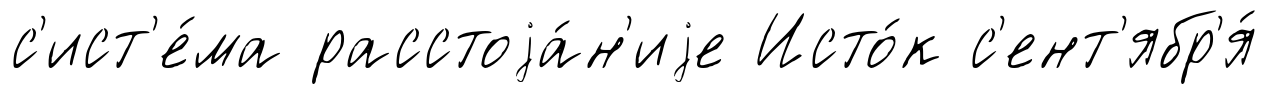
с'ист'е́ма расстоjа́н'иjе Исто́к с'ент'ябр'я́